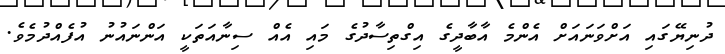
ދުނިޔޭގައި އަށްވަނައަށް އެންމެ އާބާދީގެ އިގްތިސާދުގެ މައި އެއް ސިނާއަތަކީ އަންނައުނު އުފެއްދުމެވެ.